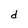
Character: d